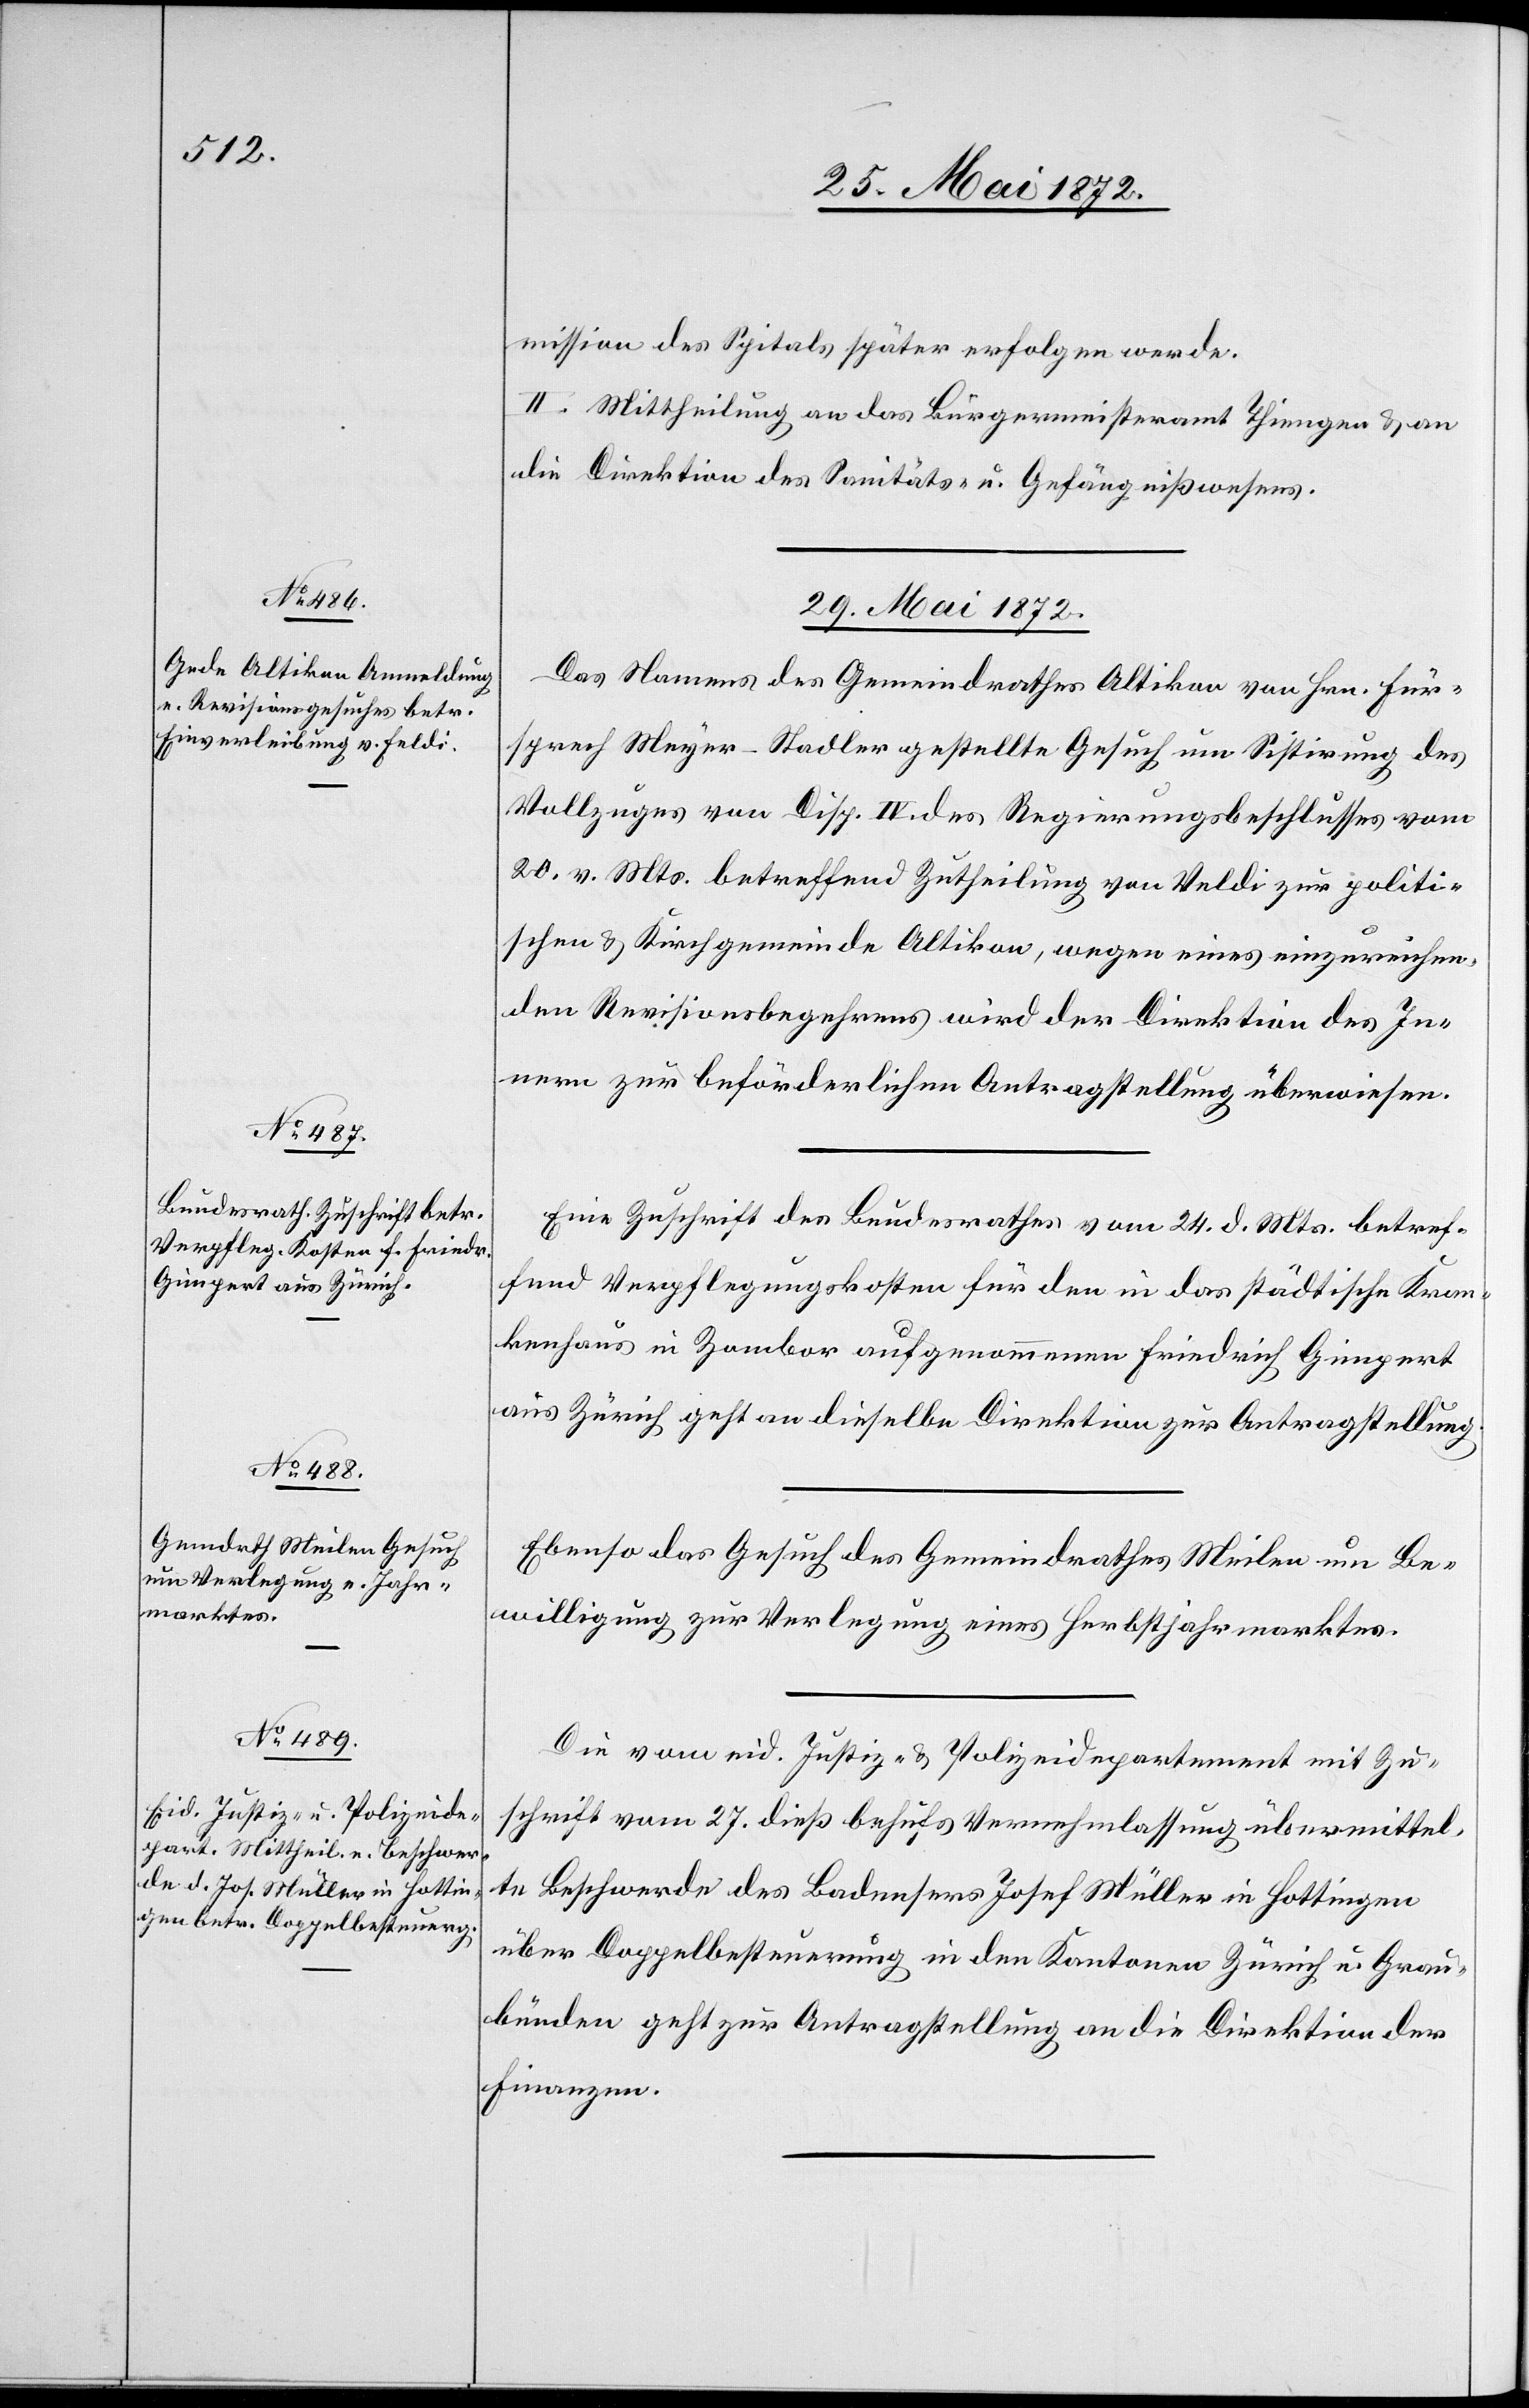
mission des Spitals später erfolgen werde.
II. Mittheilung an das Bürgermeisteramt Thiengen u. an
die Direktion des Sanitäts- u. Gefängnißwesens.
29. Mai 1872.]
Das Namens des Gemeindrathes Altikon von Hrn. Für¬
sprech Meyer-Stadler gestellte Gesuch um Sistirung des
Vollzuges von Disp. IV. des Regierungsbeschlusses vom
20. v. Mts. betreffend Zutheilung von Veldi [sic!] zur politi¬
schen u. Kirchgemeinde Altikon, wegen eines einzureichen¬
den Revisionsbegehrens wird der Direktion des In¬
nern zur beförderlichen Antragstellung überwiesen.
Eine Zuschrift des Bundesrathes vom 24. d. Mts. betref¬
fend Verpflegungskosten für den in das städtische Kran¬
kenhaus in Zombor aufgenommenen Friedrich Gimpert
aus Zürich geht an dieselbe Direktion zur Antragstellung.
Ebenso das Gesuch des Gemeindrathes Meilen um Be¬
willigung zur Verlegung eines Herbstjahrmarktes.
Die vom eid. Justiz- u. Polizeidepartement mit Zu¬
schrift vom 27. dieß behufs Vernehmlassung übermittel¬
te Beschwerde des Badensers Josef Müller in Hottingen
über Doppelbesteuerung in den Kantonen Zürich u. Grau¬
bünden geht zur Antragstellung an die Direktion der
Finanzen.